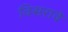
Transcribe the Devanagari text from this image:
विसरावे